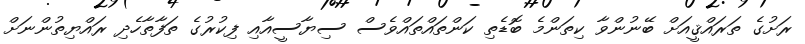
ރަށުގެ ތަރައްޤީއަށް ބޭނުންވާ ކިތަންމެ ބޮޑެތި ކަންތައްތައްވެސް ސިޔާސީއާއި ފިކުރުގެ ތަފާތާހެދި ރައްޔިތުންނަށް